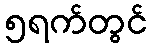
၅ရက်တွင်